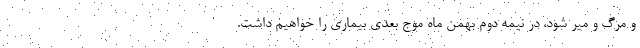
و مرگ و میر شود، در نیمه دوم بهمن ماه موج بعدی بیماری را خواهیم داشت.